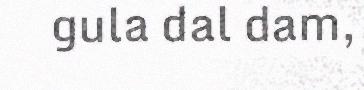
gula dal dam,